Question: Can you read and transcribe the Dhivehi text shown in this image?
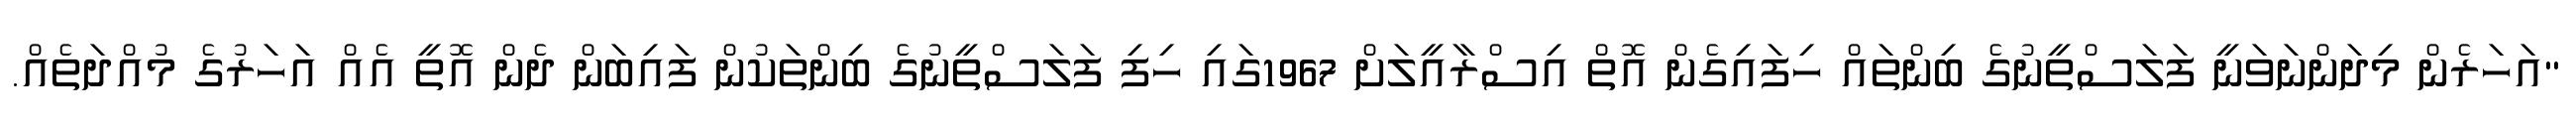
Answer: "އަހަރެން މިދަންނަވަނީ ފަލަސްތީނުގެ ބިންތައް ހިފައިގެން އޮތް އިސްރާއީލަށް 1967ގައި ހިފި ފަލަސްތީނުގެ ބިންތަކުން ފައިބަން ދެން އޮތީ އެއް އަހަރުގެ މުއްދަތެއް.